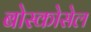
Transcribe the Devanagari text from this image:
बोस्कोसेल